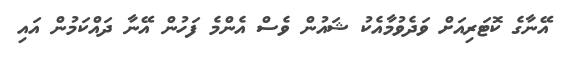
އޭނާގެ ކޮޓަރިއަށް ވަދެވުމާއެކު ޝައުން ވެސް އެންމެ ފަހުން އޭނާ ދައްކަމުން އައި